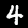
Digit: 4